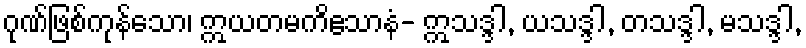
ဂုဏ်ဖြစ်ကုန်သော၊ ဣယတမကိဧသာနံ- ဣသဒ္ဒါ, ယသဒ္ဒါ, တသဒ္ဒါ, မသဒ္ဒါ,